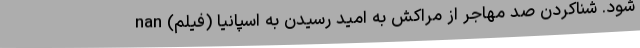
شود. شناکردن صد مهاجر از مراکش به امید رسیدن به اسپانیا (فیلم) nan